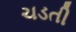
ચડતી